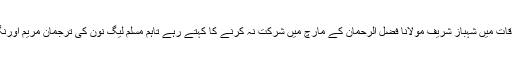
ذرائع بتاتے ہیں کہ نوازشریف سے ملاقات میں شہباز شریف مولانا فضل الرحمان کے مارچ میں شرکت نہ کرنے کا کہتے رہے تاہم مسلم لیگ نون کی ترجمان مریم اورنگزیب نے ان خبروں کی تردید کی ہے ۔